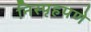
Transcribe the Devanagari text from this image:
निस्पृहपणे